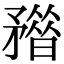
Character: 𥎏